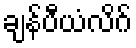
ချန်ပီယံလိဂ်